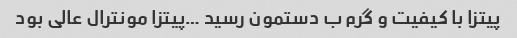
پیتزا با کیفیت و گرم ب دستمون رسید …پیتزا مونترال عالی بود